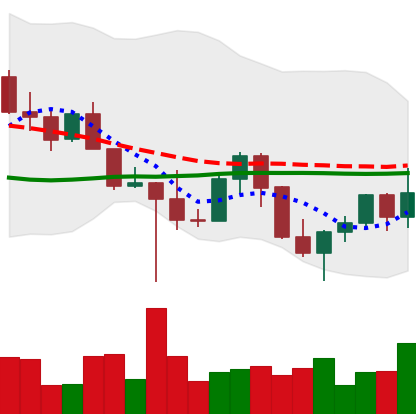
Ticker: LINK-USD
Chart end date: 2022-10-25
Forward return: 10.002%
Label: up_7plus